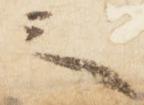
之